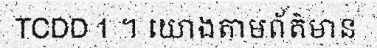
TCDD 1 ។ យោងតាមព័ត៌មាន